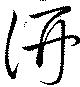
汧